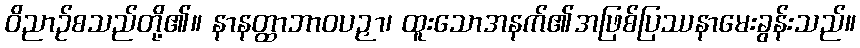
ဝိညာဉ်စသည်တို့၏။ နာနတ္ထာဘာဝပဉှာ၊ ထူးသောအနက်၏အဖြစ်ပြဿနာမေးခွန်းသည်။